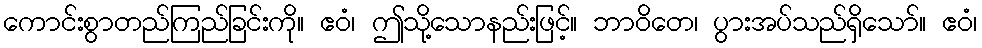
ကောင်းစွာတည်ကြည်ခြင်းကို။ ဧဝံ၊ ဤသို့သောနည်းဖြင့်။ ဘာဝိတေ၊ ပွားအပ်သည်ရှိသော်။ ဧဝံ၊